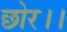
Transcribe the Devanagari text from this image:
छोर।।